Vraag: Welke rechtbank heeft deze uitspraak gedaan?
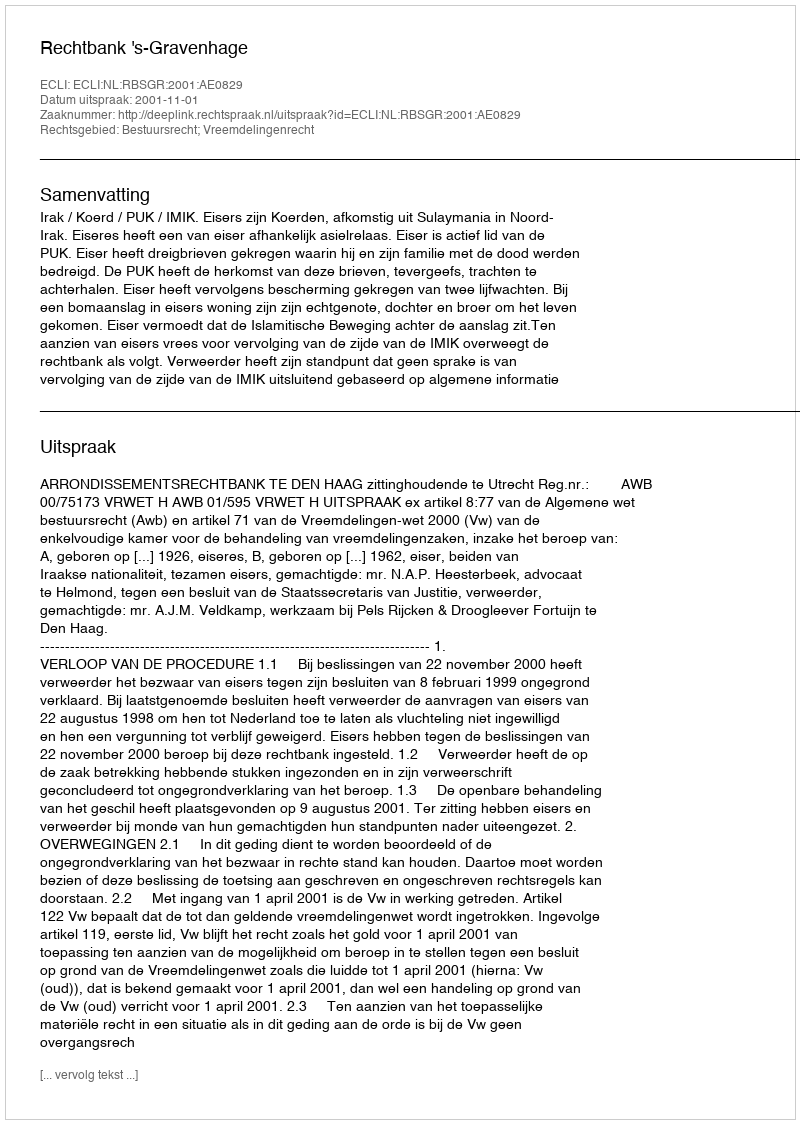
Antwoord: Rechtbank 's-Gravenhage